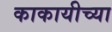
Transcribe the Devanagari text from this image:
काकायीच्या